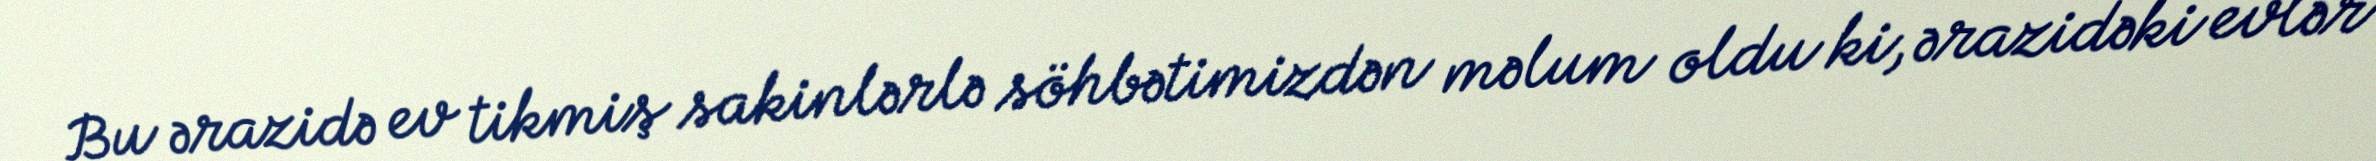
Bu ərazidə ev tikmiş sakinlərlə söhbətimizdən məlum oldu ki, ərazidəki evlər